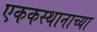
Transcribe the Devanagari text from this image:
एककस्थानाच्या